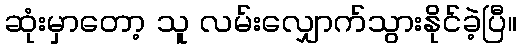
ဆုံးမှာတော့ သူ လမ်းလျှောက်သွားနိုင်ခဲ့ပြီ။